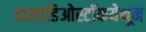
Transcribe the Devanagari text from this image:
व्हलाडिओस्टॉकयेथून